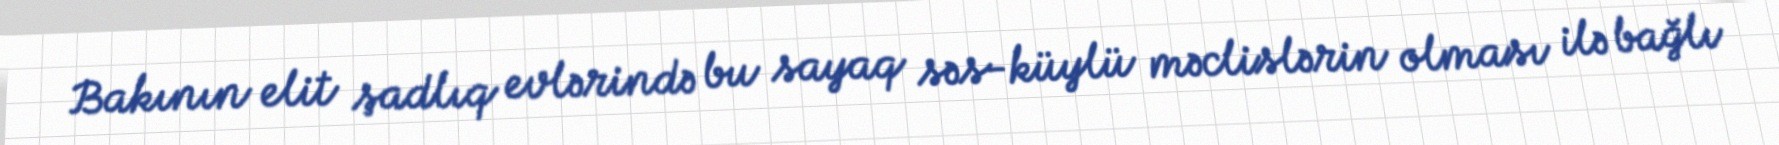
Bakının elit şadlıq evlərində bu sayaq səs-küylü məclislərin olması ilə bağlı